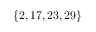
\lbrace 2 , 1 7 , 2 3 , 2 9 \rbrace